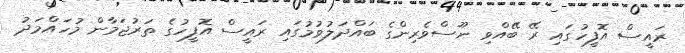
ރައީސް އޮފީހުގައި ރޭ ބޭއްވި ނޫސްވެރިންގެ ބައްދަލުވުމުގައި ރައީސް އޮފީހުގެ ތަރުޖަމާން މުހައްމަދު